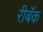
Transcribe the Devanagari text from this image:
रीबॅक